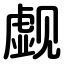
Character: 觑